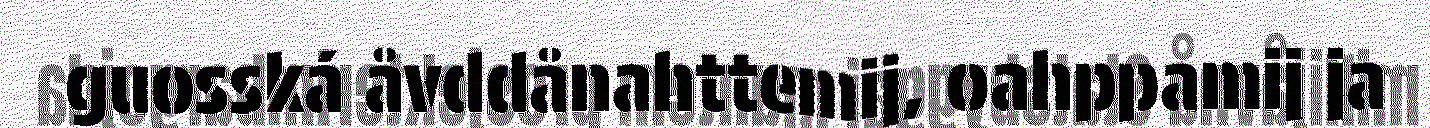
guosská åvddånahttemij, oahppamij ja